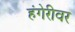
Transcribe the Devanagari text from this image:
हंगेरीवर